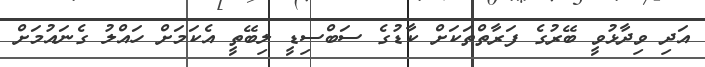
އަދި ވިދާޅުވީ ބޭރުގެ ފަރާތްތަކަށް ކާޑުގެ ސަބްސިޑީ ލިބޭތީ އެކަމަށް ހައްލު ގެނައުމަށް